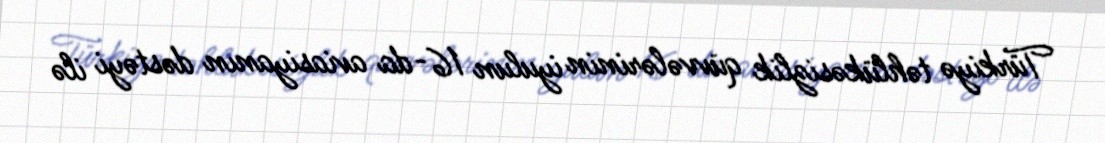
Türkiyə təhlükəsizlik qüvvələrinin iyulun 16-da aviasiyanın dəstəyi ilə